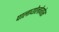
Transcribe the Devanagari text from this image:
पालायोलोगोस